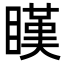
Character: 䁧